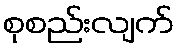
စုစည်းလျက်